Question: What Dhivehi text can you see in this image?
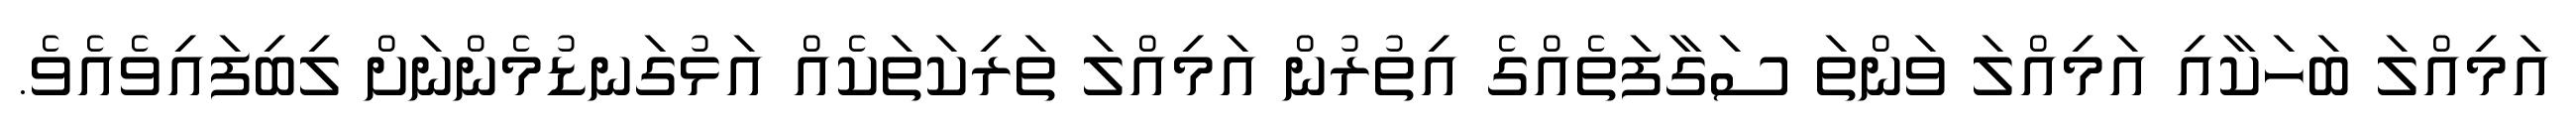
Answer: އަމިއްލަ ބަހަކާއި އަމިއްލަ ވަންތަ ސަގާފަތެއްގެ އިތުރުން އަމިއްލަ ތަރިކަތަކެއް އަޅުގަނޑުމެންނަށް ލިބިފައިވެއެވެ.